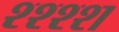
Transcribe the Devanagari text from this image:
श्श्श्श